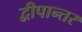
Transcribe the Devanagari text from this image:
द्वीपान्तर